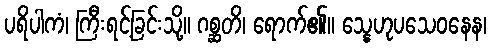
ပရိပါကံ၊ ကြီးရင့်ခြင်းသို့။ ဂစ္ဆတိ၊ ရောက်၏။ သ္နေဟုပသေဝနေန၊